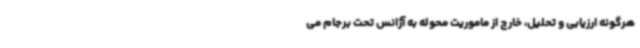
هرگونه ارزیابی و تحلیل، خارج از ماموریت محوله به آژانس تحت برجام می